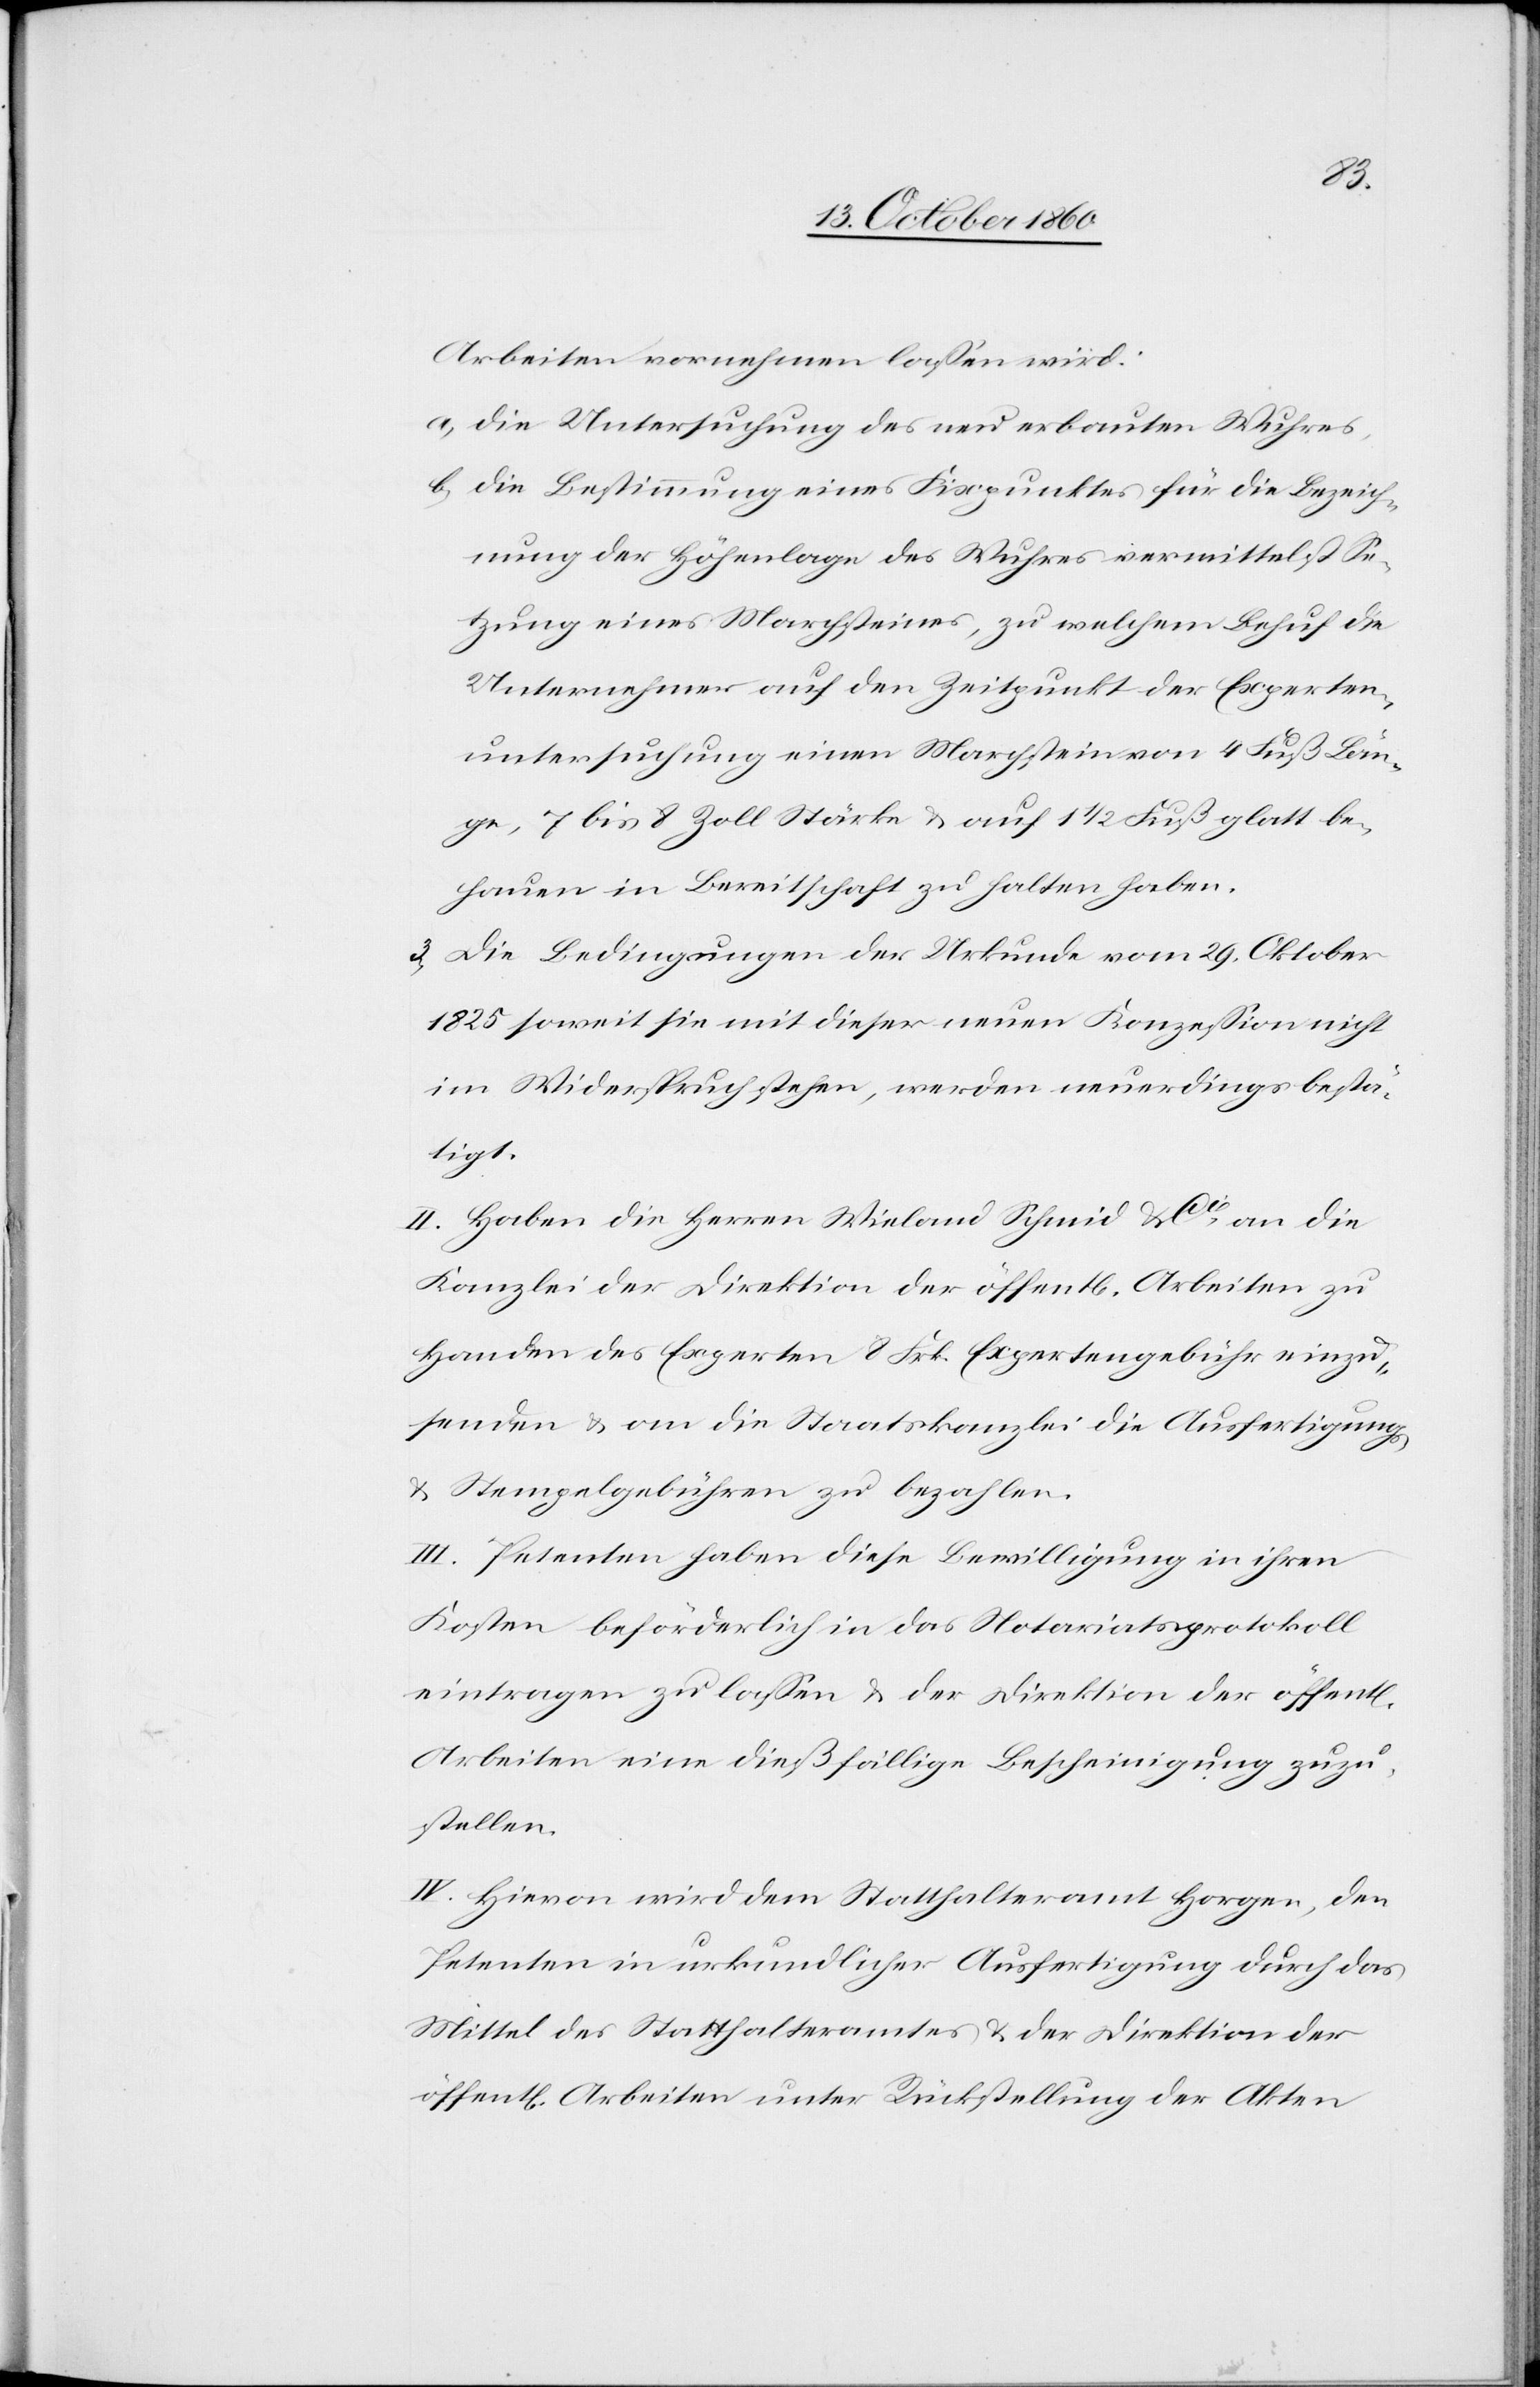
Arbeiten vornehmen lassen wird:
a. die Untersuchung des neu erbauten Wuhres,
b. die Bestimmung eines Fixpunktes für die Bezeich¬
nung der Höhenlage des Wuhres vermittelst Se¬
tzung eines Marchsteine, zu welchem Behuf die
Unternehmer auf den Zeitpunkt der Experten¬
untersuchung einen Marchstein von 4 Fuß Län¬
ge, 7 bis 8 Zoll Stärke u. auf 1 1/2 Fuß glatt be¬
hauen in Bereitschaft zu halten haben.
3) Die Bedingungen der Urkunde vom 29. Oktober
1825 soweit sie mit dieser neuen Konzession nicht
im Widerspruch stehen, werden neuerdings bestä¬
tigt.
II. Haben die Herren Wieland[,] Schmid & Cie an die
Kanzlei der Direktion der öffentl. Arbeiten zu
Handen des Experten 8 Frk. Expertengebühr einzu¬
senden u. an die Staatskanzlei die Ausfertigungs-
u. Stempelgebühren zu bezahlen.
III. Petenten haben diese Bewilligung in ihren
Kosten beförderlich in das Notariatsprotokoll
eintragen zu lassen u. der Direktion der öffentl.
Arbeiten eine dießfällige Bescheinigung zuzu¬
stellen.
IV. Hievon wird dem Statthalteramt Horgen, den
Petenten in urkundlicher Ausfertigung durch das
Mittel des Statthalteramtes u. der Direktion der
öffentl. Arbeiten unter Rückstellung der Akten